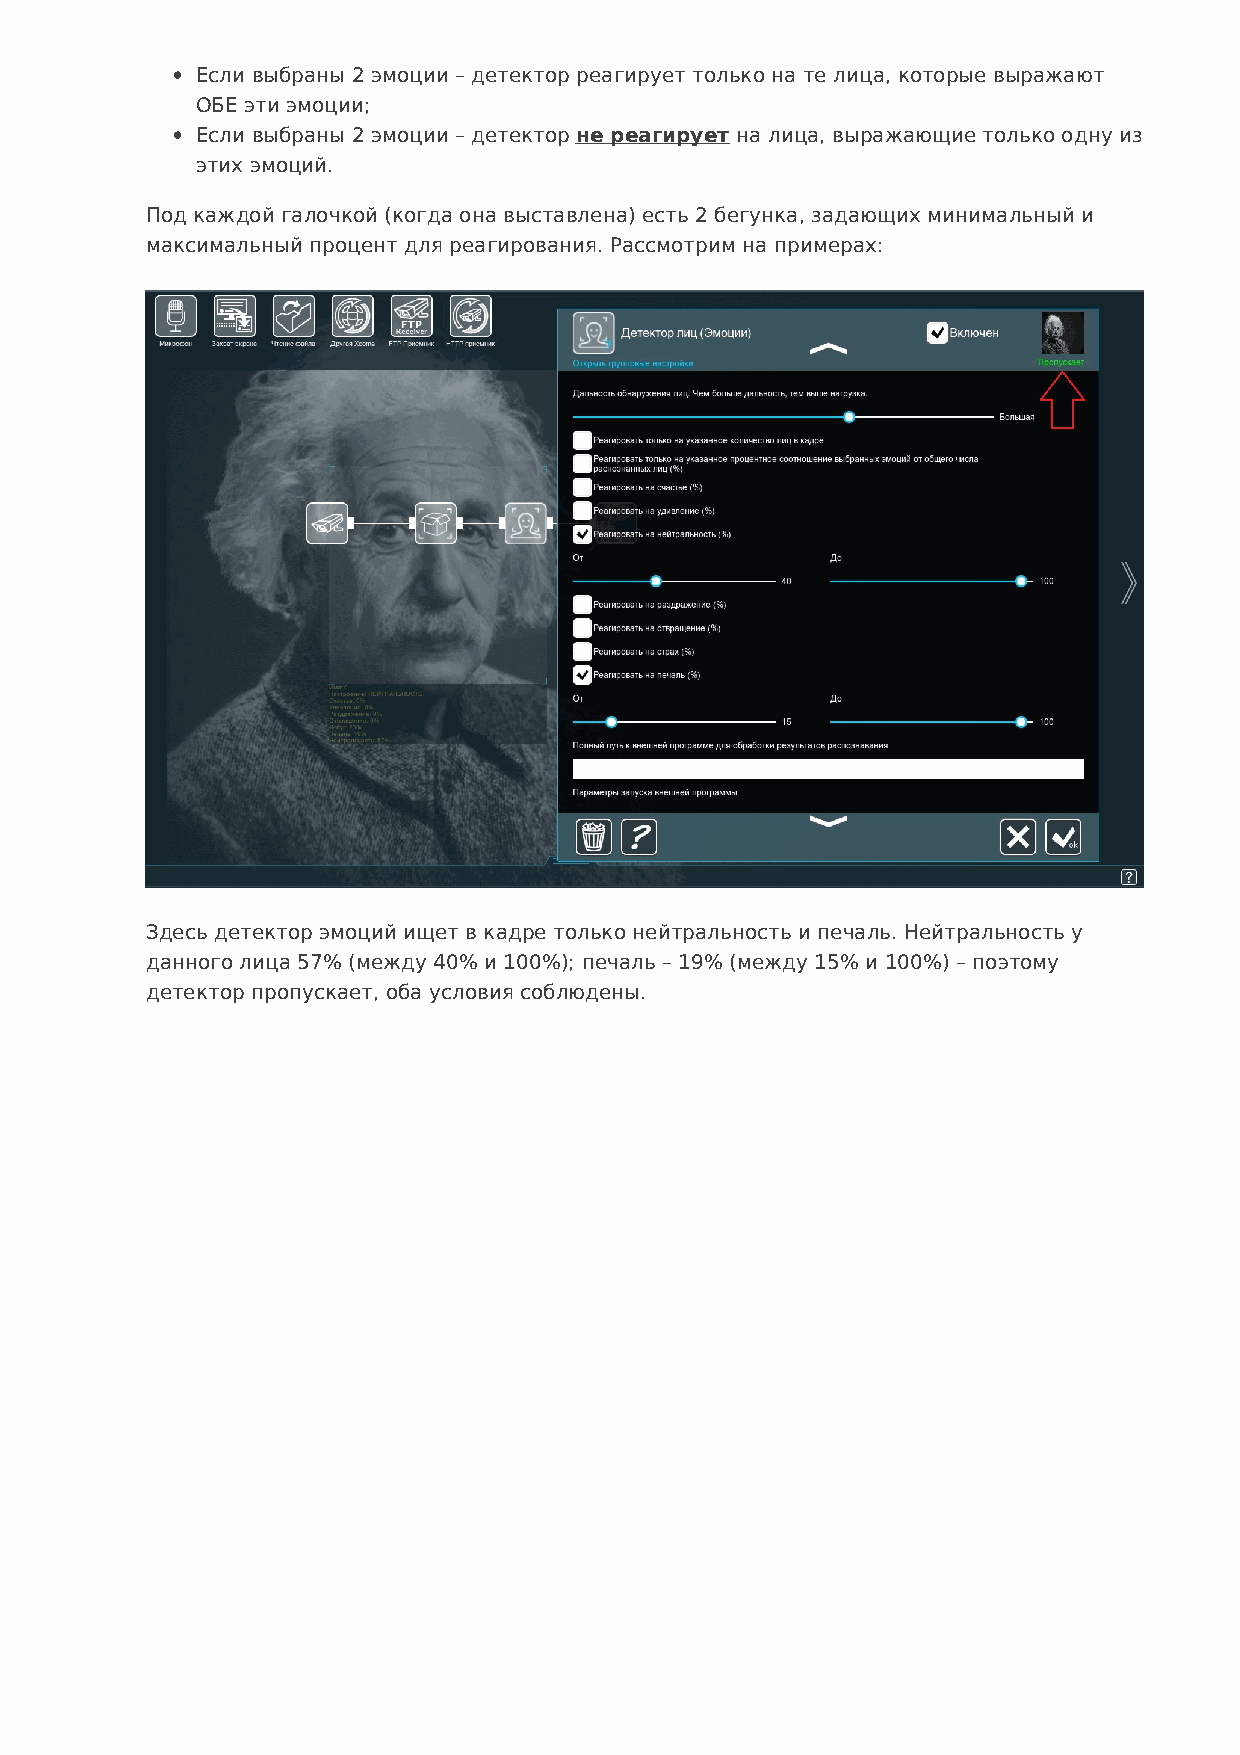
Если выбраны 2 эмоции – детектор реагирует только на те лица, которые выражают
 ОБЕ эти эмоции;
 Если выбраны 2 эмоции – детектор не реагирует на лица, выражающие только одну из
 этих эмоций.
 Под каждой галочкой (когда она выставлена) есть 2 бегунка, задающих минимальный и
 максимальный процент для реагирования. Рассмотрим на примерах:
 Здесь детектор эмоций ищет в кадре только нейтральность и печаль. Нейтральность у
 данного лица 57% (между 40% и 100%); печаль – 19% (между 15% и 100%) – поэтому
 детектор пропускает, оба условия соблюдены.